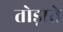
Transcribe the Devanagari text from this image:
तोड़ाते